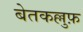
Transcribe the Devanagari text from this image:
बेतकल्लुफ़